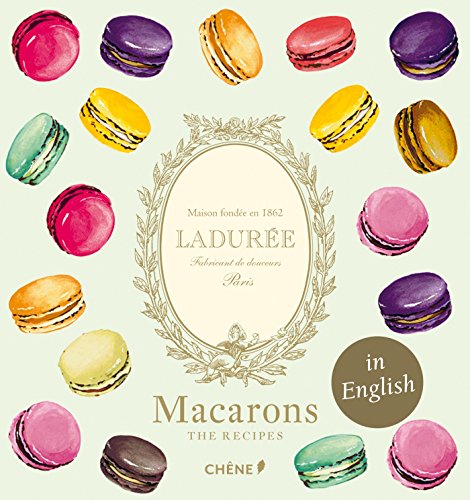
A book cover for LadurÃ©e Macarons (Laduree); Vincent Lemains; Cookbooks, Food & Wine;